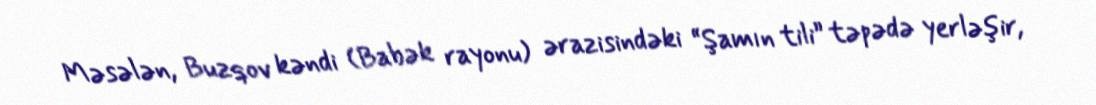
Məsələn, Buzqov kəndi (Babək rayonu) ərazisindəki “Şamın tili” təpədə yerləşir,